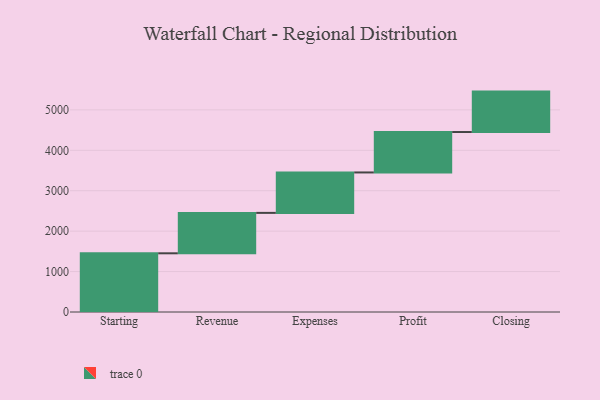
{"axis": {"x": "Step", "y": "Value"}, "legend": [""], "data": [{"x": "Starting", "y": 1452.0, "type": ""}, {"x": "Revenue", "y": 1000, "type": ""}, {"x": "Expenses", "y": 1000, "type": ""}, {"x": "Profit", "y": 1000, "type": ""}, {"x": "Closing", "y": 1000, "type": ""}]}